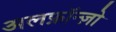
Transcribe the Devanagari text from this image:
अलफ़ॉन्ज़ो